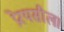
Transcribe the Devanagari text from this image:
प्रेरयसीला